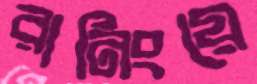
রানিংয়ে